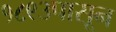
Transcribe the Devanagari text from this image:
१८९३पासून